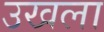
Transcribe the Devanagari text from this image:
उखला